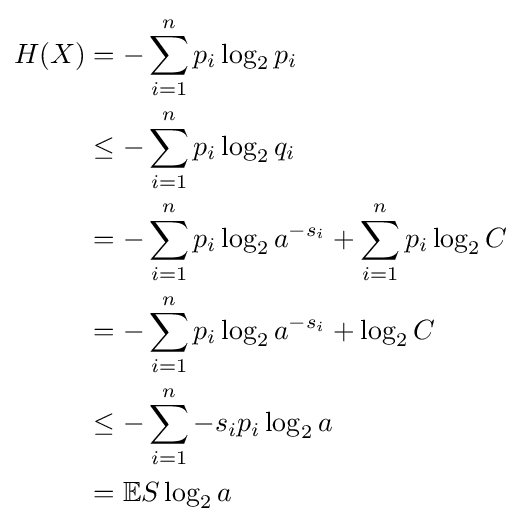
{\begin{aligned}H(X)&=-\sum _{i=1}^{n}p_{i}\log _{2}p_{i}\\&\leq -\sum _{i=1}^{n}p_{i}\log _{2}q_{i}\\&=-\sum _{i=1}^{n}p_{i}\log _{2}a^{-s_{i}}+\sum _{i=1}^{n}p_{i}\log _{2}C\\&=-\sum _{i=1}^{n}p_{i}\log _{2}a^{-s_{i}}+\log _{2}C\\&\leq -\sum _{i=1}^{n}-s_{i}p_{i}\log _{2}a\\&=\mathbb {E} S\log _{2}a\\\end{aligned}}